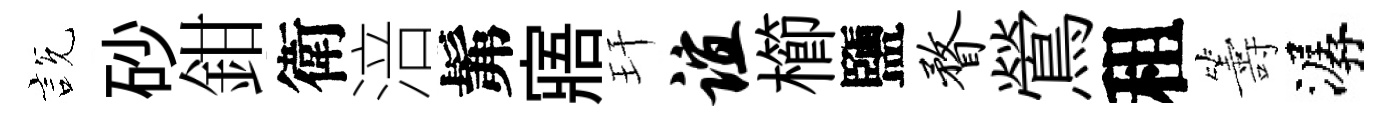
説砂鉗衛涪髴寤玕谊櫛鹽瞀鶯租籌潺